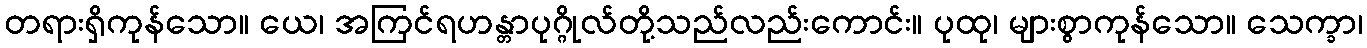
တရားရှိကုန်သော။ ယေ၊ အကြင်ရဟန္တာပုဂ္ဂိုလ်တို့သည်လည်းကောင်း။ ပုထု၊ များစွာကုန်သော။ သေက္ခာ၊